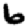
Digit: 6